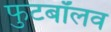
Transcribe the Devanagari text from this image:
फुटबॉलव